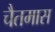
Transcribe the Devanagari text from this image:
चैतमास